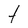
Character: t